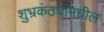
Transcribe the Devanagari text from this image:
शुभ्रकंठ्यांमधील